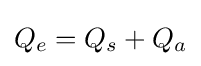
Q_{e}=Q_{s}+Q_{a}